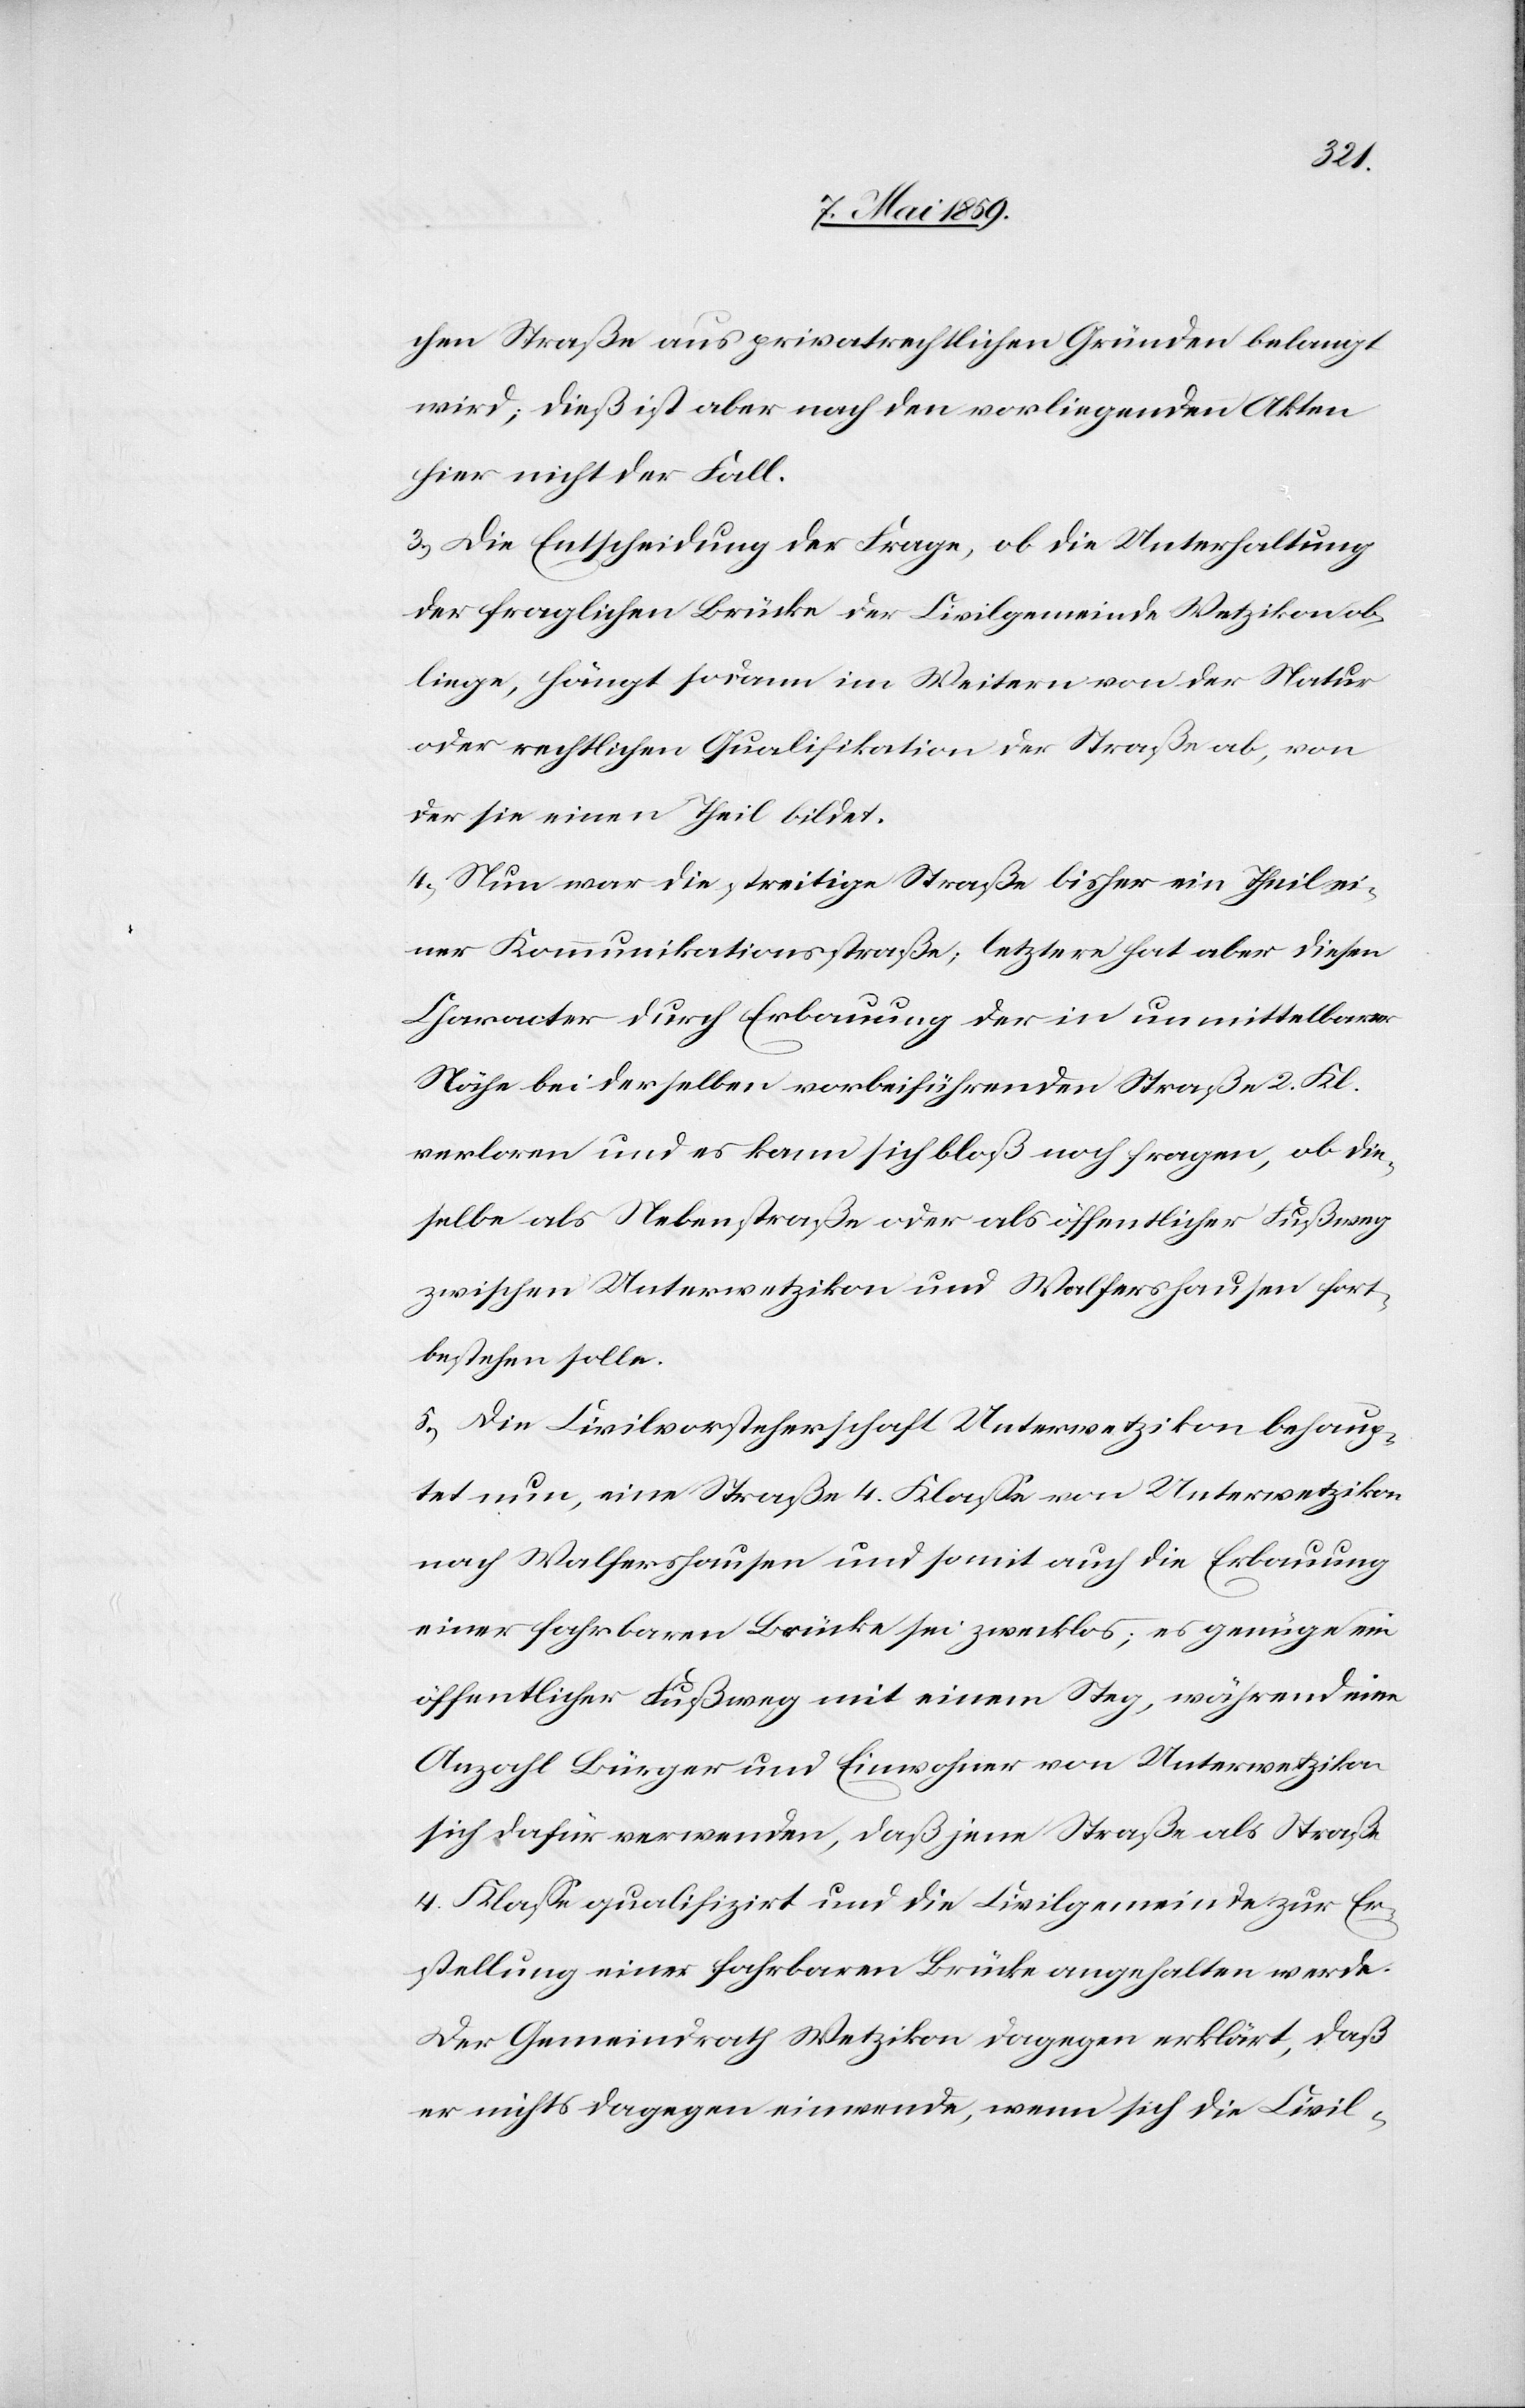
chen Straße aus privatrechtlichen Gründen belangt
wird; dieß ist aber nach den vorliegenden Akten
hier nicht der Fall.
3) Die Entscheidung der Frage, ob die Unterhaltung
der fraglichen Brücke der Civilgemeinde Wetzikon ob¬
liege, hängt sodann im Weitern von der Natur
oder rechtlichen Qualifikation der Straße ab, von
der sie einen Theil bildet.
4) Nun war die streitige Straße bisher ein Theil ei¬
ner Kommunikationsstraße; letztere hat aber diesen
Character durch Erbauung der in unmittelbarer
Nähe bei derselben vorbeiführenden Straße 2. Kl.
verloren und es kann sich bloß noch fragen, ob die¬
selbe als Nebenstraße oder als öffentlicher Fußweg
zwischen Unterwetzikon und Walfershausen fort¬
bestehen solle.
5) Die Civilvorsteherschaft Unterwetzikon behaup¬
tet nun, eine Straße 4. Klaße von Unterwetzikon
nach Walfershausen und somit auch die Erbauung
einer fahrbaren Brücke sei zwecklos; es genüge ein
öffentlicher Fußweg mit einem Steg, während eine
Anzahl Bürger und Einwohner von Unterwetzikon
sich dafür verwenden, daß jene Straße als Straße
4. Klaße qualifizirt und die Civilgemeinde zur Er¬
stellung einer fahrbaren Brücke angehalten werde.
Der Gemeindrath Wetzikon dagegen erklärt, daß
er nichts dagegen einwende, wenn sich die Civil-